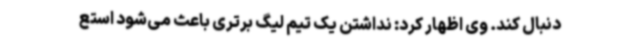
دنبال کند. وی اظهار کرد: نداشتن یک تیم لیگ برتری باعث می‌شود استع